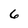
Character: 6